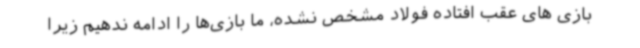
بازی های عقب افتاده فولاد مشخص نشده، ما بازی‌ها را ادامه ندهیم زیرا